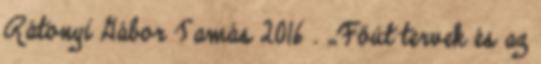
Rátonyi Gábor Tamás 2016 . „Főút tervek és az